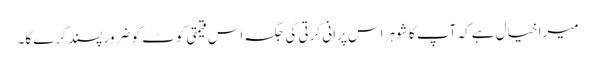
میرا خیال ہے کہ آپ کا شوہر اس پرانی کرتی کی جگہ اس قیمتی کوٹ کو ضرور پسند کرے گا۔